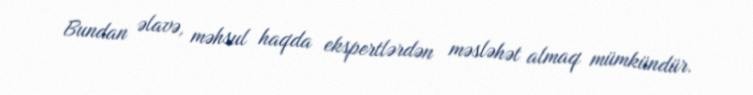
Bundan əlavə, məhsul haqda ekspertlərdən məsləhət almaq mümkündür.